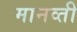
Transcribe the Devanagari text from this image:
मानव्ती